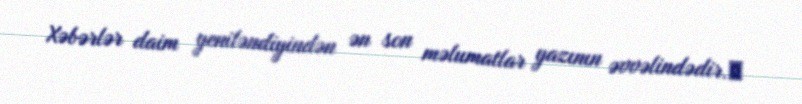
Xəbərlər daim yeniləndiyindən ən son məlumatlar yazının əvvəlindədir.​